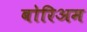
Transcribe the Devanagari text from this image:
बोरिअम